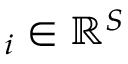
{ \bf \chi } _ { i } \in { \mathbb { R } } ^ { S }